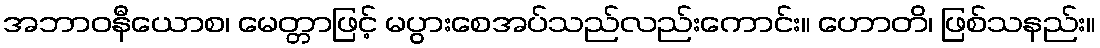
အဘာဝနီယောစ၊ မေတ္တာဖြင့် မပွားစေအပ်သည်လည်းကောင်း။ ဟောတိ၊ ဖြစ်သနည်း။